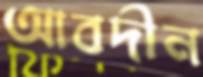
আবদীন